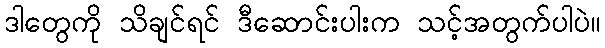
ဒါတွေကို သိချင်ရင် ဒီဆောင်းပါးက သင့်အတွက်ပါပဲ။